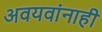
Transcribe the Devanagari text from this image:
अवयवांनाही